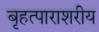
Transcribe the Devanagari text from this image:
बृहत्पाराशरीय